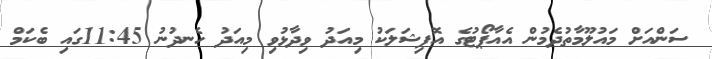
ސަންއަށް މައުލޫމާތުދެމުން އެއާޕޯޓުގެ އޮފިޝަލަކު މިއަދު ވިދާޅުވި މިއަދު ހެނދުނު 11:45ގައި ބެކަމް